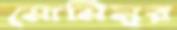
মোমিনুর